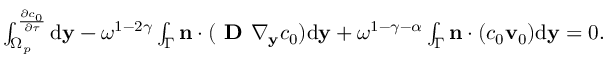
\begin{array} { r } { \int _ { \Omega _ { p } } ^ \frac { \partial c _ { 0 } } { \partial \tau } \mathrm d \mathbf y - \omega ^ { 1 - 2 \gamma } \int _ { \Gamma } \mathbf { n } \cdot ( \textbf { D } \nabla _ { \mathbf y } c _ { 0 } ) \mathrm d \mathbf y + \omega ^ { 1 - \gamma - \alpha } \int _ { \Gamma } \mathbf n \cdot ( c _ { 0 } \mathbf v _ { 0 } ) \mathrm d \mathbf y = 0 . } \end{array}